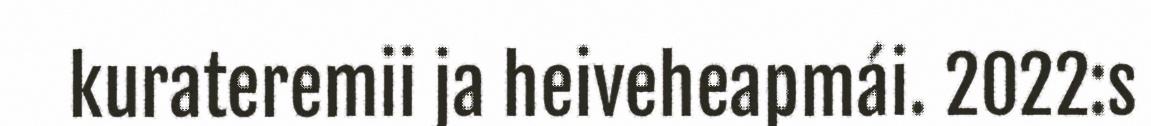
kurateremii ja heiveheapmái. 2022:s